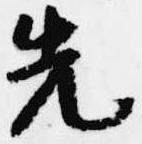
先